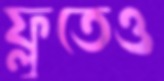
ফ্লুতেও